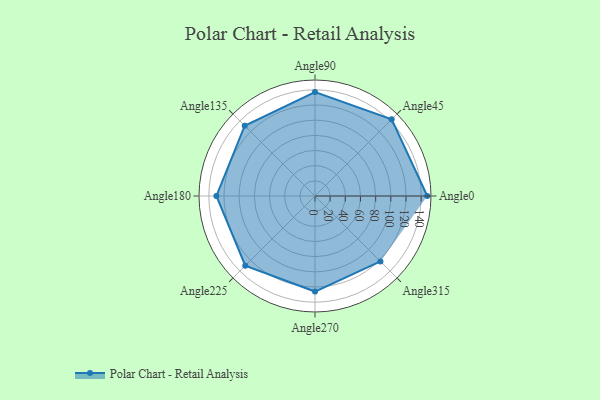
{"axis": {"x": "Angle", "y": "Radius"}, "legend": [""], "data": [{"x": "Angle0", "y": 148.0, "type": ""}, {"x": "Angle45", "y": 143.0, "type": ""}, {"x": "Angle90", "y": 137.0, "type": ""}, {"x": "Angle135", "y": 131.0, "type": ""}, {"x": "Angle180", "y": 130.0, "type": ""}, {"x": "Angle225", "y": 130.0, "type": ""}, {"x": "Angle270", "y": 126.0, "type": ""}, {"x": "Angle315", "y": 122.0, "type": ""}]}